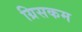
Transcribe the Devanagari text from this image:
ग्रिसकम